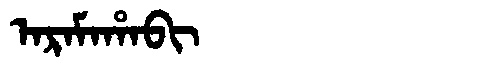
Manchu: ᠠᡵᠠᠮᠠᡥᠠᠪᡳ
Romanization: ARAMAHABI